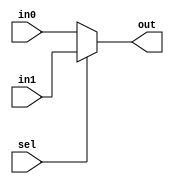
`timescale 1ns / 1ps
//////////////////////////////////////////////////////////////////////////////////
//////////////////////////////////////////////////////////////////////////////////
module Mux2to1(in0, in1, sel, out);
	parameter WIDTH_DATA = 32;
	input [WIDTH_DATA:1] in0;
	input [WIDTH_DATA:1] in1;
	input sel;
	output [WIDTH_DATA:1] out;

	assign out = (sel == 1'b1) ? in1: in0;
	
endmodule

module Mux3to1(in0, in1, in2, sel, out);
	parameter WIDTH_DATA = 32;
	input [WIDTH_DATA:1] in0;
	input [WIDTH_DATA:1] in1;
	input [WIDTH_DATA:1] in2;
	input [1:0] sel;
	output [WIDTH_DATA:1] out;

	assign out = (sel == 2'b10) ? in2:
					 (sel == 2'b01) ? in1:
											in0;

endmodule

module Mux4to1(in0, in1, in2, in3, sel, out);
	parameter WIDTH_DATA = 32;
	input [WIDTH_DATA:1] in0;
	input [WIDTH_DATA:1] in1;
	input [WIDTH_DATA:1] in2;
	input [WIDTH_DATA:1] in3;
	input [1:0] sel;
	output [WIDTH_DATA:1] out;

	assign out = (sel == 2'b11) ? in3:
					 (sel == 2'b10) ? in2:
					 (sel == 2'b01) ? in1:
											in0;

endmodule

module Mux6to1(in0, in1, in2, in3, in4, in5, sel, out);
	parameter WIDTH_DATA = 32;
	input [WIDTH_DATA:1] in0;
	input [WIDTH_DATA:1] in1;
	input [WIDTH_DATA:1] in2;
	input [WIDTH_DATA:1] in3;
	input [WIDTH_DATA:1] in4;
	input [WIDTH_DATA:1] in5;
	input [2:0] sel;
	output [WIDTH_DATA:1] out;

	assign out = (sel == 3'b101) ? in5:
					 (sel == 3'b100) ? in4:
					 (sel == 3'b011) ? in3:
					 (sel == 3'b010) ? in2:
					 (sel == 3'b001) ? in1:
											 in0;

endmodule

module Mux9to1(in0, in1, in2, in3, in4, in5, in6, in7, in8, sel, out);
	parameter WIDTH_DATA = 32;
	input [WIDTH_DATA:1] in0;
	input [WIDTH_DATA:1] in1;
	input [WIDTH_DATA:1] in2;
	input [WIDTH_DATA:1] in3;
	input [WIDTH_DATA:1] in4;
	input [WIDTH_DATA:1] in5;
	input [WIDTH_DATA:1] in6;
	input [WIDTH_DATA:1] in7;
	input [WIDTH_DATA:1] in8;
	input [3:0] sel;
	output [WIDTH_DATA:1] out;

	assign out = (sel == 4'b1000) ? in8:
					 (sel == 4'b0111) ? in7:
					 (sel == 4'b0110) ? in6:
					 (sel == 4'b0101) ? in5:
					 (sel == 4'b0100) ? in4:
					 (sel == 4'b0011) ? in3:
					 (sel == 4'b0010) ? in2:
					 (sel == 4'b0001) ? in1:
											  in0;

endmodule

module Mux10to1(in0, in1, in2, in3, in4, in5, in6, in7, in8, in9, sel, out);
	parameter WIDTH_DATA = 32;
	input [WIDTH_DATA:1] in0;
	input [WIDTH_DATA:1] in1;
	input [WIDTH_DATA:1] in2;
	input [WIDTH_DATA:1] in3;
	input [WIDTH_DATA:1] in4;
	input [WIDTH_DATA:1] in5;
	input [WIDTH_DATA:1] in6;
	input [WIDTH_DATA:1] in7;
	input [WIDTH_DATA:1] in8;
	input [WIDTH_DATA:1] in9;
	input [3:0] sel;
	output [WIDTH_DATA:1] out;

	assign out = (sel == 4'b1001) ? in9:
					 (sel == 4'b1000) ? in8:
					 (sel == 4'b0111) ? in7:
					 (sel == 4'b0110) ? in6:
					 (sel == 4'b0101) ? in5:
					 (sel == 4'b0100) ? in4:
					 (sel == 4'b0011) ? in3:
					 (sel == 4'b0010) ? in2:
					 (sel == 4'b0001) ? in1:
											  in0;

endmodule

module Mux11to1(in0, in1, in2, in3, in4, in5, in6, in7, in8, in9, in10, sel, out);
	parameter WIDTH_DATA = 32;
	input [WIDTH_DATA:1] in0;
	input [WIDTH_DATA:1] in1;
	input [WIDTH_DATA:1] in2;
	input [WIDTH_DATA:1] in3;
	input [WIDTH_DATA:1] in4;
	input [WIDTH_DATA:1] in5;
	input [WIDTH_DATA:1] in6;
	input [WIDTH_DATA:1] in7;
	input [WIDTH_DATA:1] in8;
	input [WIDTH_DATA:1] in9;
	input [WIDTH_DATA:1] in10;
	input [3:0] sel;
	output [WIDTH_DATA:1] out;

	assign out = (sel == 4'b1010) ? in10:
					 (sel == 4'b1001) ? in9:
					 (sel == 4'b1000) ? in8:
					 (sel == 4'b0111) ? in7:
					 (sel == 4'b0110) ? in6:
					 (sel == 4'b0101) ? in5:
					 (sel == 4'b0100) ? in4:
					 (sel == 4'b0011) ? in3:
					 (sel == 4'b0010) ? in2:
					 (sel == 4'b0001) ? in1:
											  in0;

endmodule

module Mux12to1(in0, in1, in2, in3, in4, in5, in6, in7, in8, in9, in10, in11, sel, out);
	parameter WIDTH_DATA = 32;
	input [WIDTH_DATA:1] in0;
	input [WIDTH_DATA:1] in1;
	input [WIDTH_DATA:1] in2;
	input [WIDTH_DATA:1] in3;
	input [WIDTH_DATA:1] in4;
	input [WIDTH_DATA:1] in5;
	input [WIDTH_DATA:1] in6;
	input [WIDTH_DATA:1] in7;
	input [WIDTH_DATA:1] in8;
	input [WIDTH_DATA:1] in9;
	input [WIDTH_DATA:1] in10;
	input [WIDTH_DATA:1] in11;
	input [3:0] sel;
	output [WIDTH_DATA:1] out;

	assign out = (sel == 4'b1011) ? in11:
					 (sel == 4'b1010) ? in10:
					 (sel == 4'b1001) ? in9:
					 (sel == 4'b1000) ? in8:
					 (sel == 4'b0111) ? in7:
					 (sel == 4'b0110) ? in6:
					 (sel == 4'b0101) ? in5:
					 (sel == 4'b0100) ? in4:
					 (sel == 4'b0011) ? in3:
					 (sel == 4'b0010) ? in2:
					 (sel == 4'b0001) ? in1:
											  in0;

endmodule